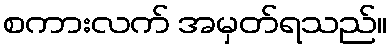
စကားလက် အမှတ်ရသည်။